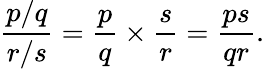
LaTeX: {\frac{p/q}{r/s}}={\frac{p}{q}}\times{\frac{s}{r}}={\frac{ps}{qr}}.